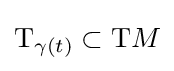
\mathrm {T} _{\gamma (t)}\subset \mathrm {T} M